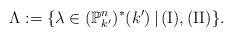
LaTeX: \begin{align*}\Lambda := \{ \lambda \in (\mathbb P^n_{k'})^*(k')\,|\, {\rm (I), (II)}\}.\end{align*}